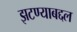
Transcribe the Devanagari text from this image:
झटण्याबद्दल